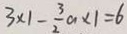
3 \times 1 - \frac { 3 } { 2 } a \times 1 = 6